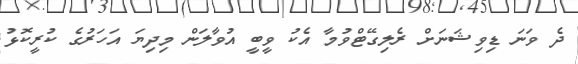
ދެ ވަނަ ޑިވިޝަނަށް ރެލިގޭޓްވުމާ އެކު ވީބީ އުވާލަން މިދިޔަ އަހަރުގެ ކުރީކޮޅު